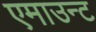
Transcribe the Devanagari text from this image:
एमाउन्ट